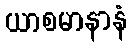
ယာစမာနာနံ